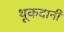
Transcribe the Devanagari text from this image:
थूकदानी